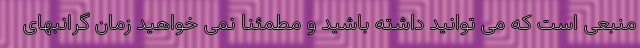
منبعی است که می‌ توانید داشته باشید و مطمئنا نمی ‌خواهید زمان گرانبهای